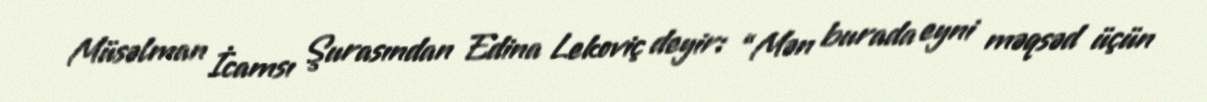
Müsəlman İcamsı Şurasından Edina Lekoviç deyir: “Mən burada eyni məqsəd üçün